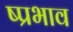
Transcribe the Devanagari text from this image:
ष्प्रभाव